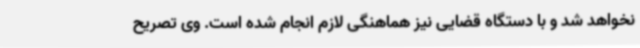
نخواهد شد و با دستگاه قضایی نیز هماهنگی لازم انجام شده است. وی تصریح